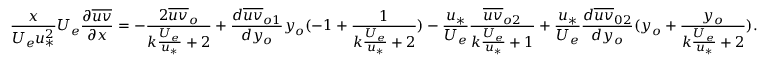
\frac { x } { U _ { e } u _ { * } ^ { 2 } } U _ { e } \frac { \partial \overline { { u v } } } { \partial x } = - \frac { 2 \overline { { u v } } _ { o } } { k \frac { U _ { e } } { u _ { * } } + 2 } + \frac { d \overline { { u v } } _ { o 1 } } { d y _ { o } } y _ { o } ( - 1 + \frac { 1 } { { k \frac { U _ { e } } { u _ { * } } + 2 } } ) - \frac { u _ { * } } { U _ { e } } \frac { \overline { { u v } } _ { o 2 } } { k \frac { U _ { e } } { u _ { * } } + 1 } + \frac { u _ { * } } { U _ { e } } \frac { d \overline { { u v } } _ { 0 2 } } { d y _ { o } } ( y _ { o } + \frac { y _ { o } } { k \frac { U _ { e } } { u _ { * } } + 2 } ) .